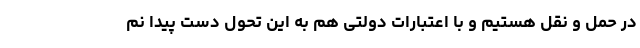
در حمل و نقل هستیم و با اعتبارات دولتی هم به این تحول دست پیدا نم